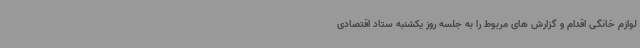
لوازم خانگی اقدام و گزارش های مربوط را به جلسه روز یکشنبه ستاد اقتصادی